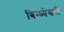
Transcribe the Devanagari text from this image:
बिन्ध्येश्वरी